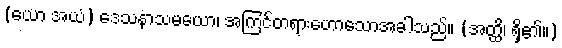
(ယော အယံ) ဒေသနာသမယော၊ အကြင်တရားဟောသောအခါသည်။ (အတ္ထိ၊ ရှိ၏။)